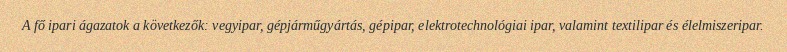
A fő ipari ágazatok a következők: vegyipar, gépjárműgyártás, gépipar, elektrotechnológiai ipar, valamint textilipar és élelmiszeripar.